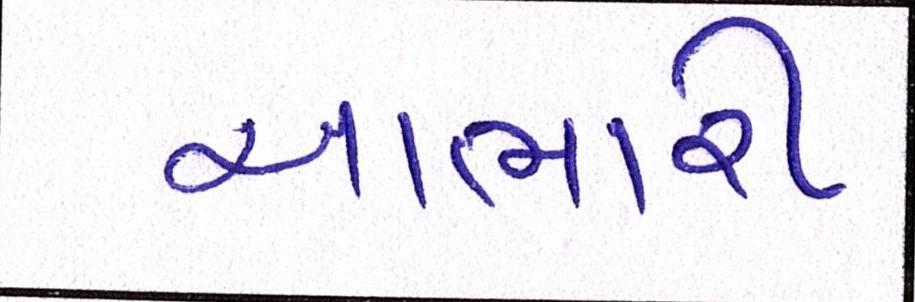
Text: આભારી